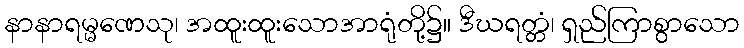
နာနာရမ္မဏေသု၊ အထူးထူးသောအာရုံတို့၌။ ဒီဃရတ္တံ၊ ရှည်ကြာစွာသော